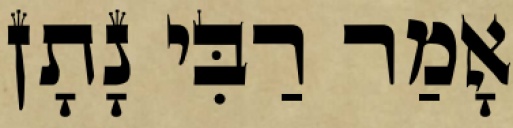
אָמַר רַבִּי נָתָן